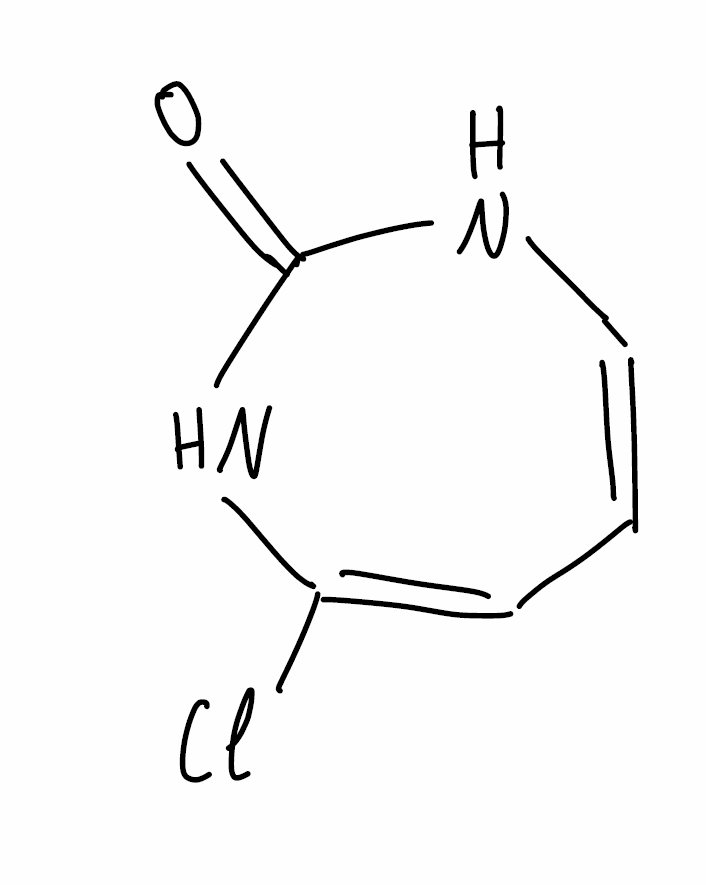
Simplified molecular-input line-entry system (SMILES) notation of the given molecule:
C1=CNC(=O)NC(=C1)Cl